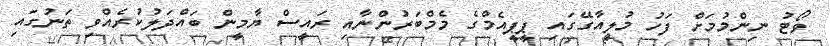
ވޯޓު ނިންމުމަށް ފަހު މުލިއާގޭގައި ޕީޕީއެމްގެ މެމްބަރުންނާއި ރައީސް ޔާމީން ބައްދަލުކުރެއްވި ތަނުގައި